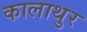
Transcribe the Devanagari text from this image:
कालाथुर